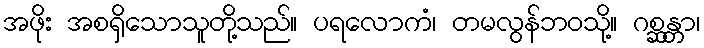
အဖိုး အစရှိသောသူတို့သည်။ ပရလောကံ၊ တမလွန်ဘဝသို့။ ဂစ္ဆန္တာ၊